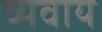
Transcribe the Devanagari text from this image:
व्यवाय